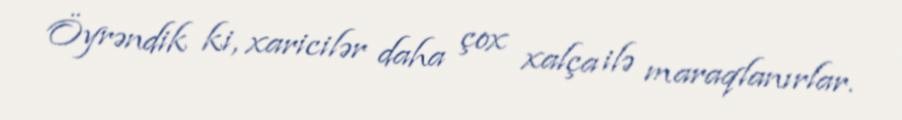
Öyrəndik ki, xaricilər daha çox xalça ilə maraqlanırlar.